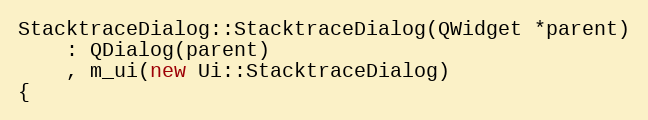
Language: C++
StacktraceDialog::StacktraceDialog(QWidget *parent)
    : QDialog(parent)
    , m_ui(new Ui::StacktraceDialog)
{